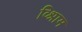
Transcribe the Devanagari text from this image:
व्श्रिाम